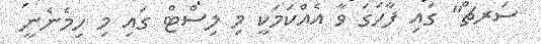
ސަރޗް" ގައި ފާހަގަ ވާ އެއްކަމަކީ މި ލިސްޓް ގައި މި ހިމެނެނީ